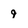
Character: 9